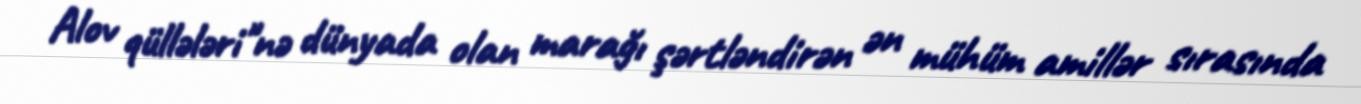
Alov qüllələri"nə dünyada olan marağı şərtləndirən ən mühüm amillər sırasında